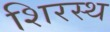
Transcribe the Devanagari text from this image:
शिरस्थ